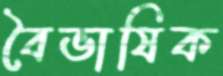
বৈভাষিক